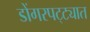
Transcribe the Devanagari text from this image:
डोंगरपट्ट्यात